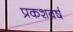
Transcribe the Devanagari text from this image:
प्रकशवर्ष